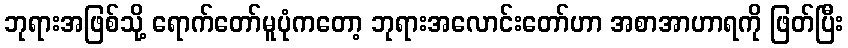
ဘုရားအဖြစ်သို့ ရောက်တော်မူပုံကတော့ ဘုရားအလောင်းတော်ဟာ အစာအာဟာရကို ဖြတ်ပြီး